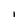
Character: l